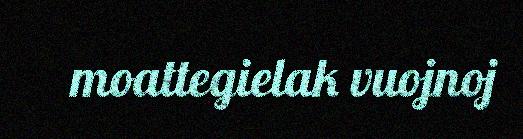
moattegielak vuojnoj